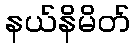
နယ်နိမိတ်